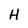
Character: H